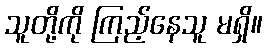
သူတို့ကို ကြည့်နေသူ မရှိ။